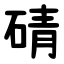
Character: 碃